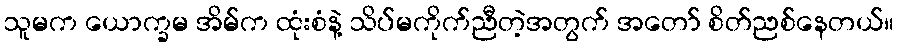
သူမက ယောက္ခမ အိမ်က ထုံးစံနဲ့ သိပ်မကိုက်ညီတဲ့အတွက် အတော် စိတ်ညစ်နေတယ်။